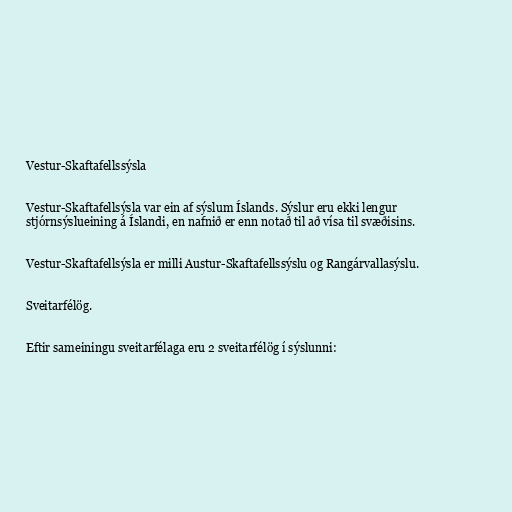
Vestur-Skaftafellssýsla

Vestur-Skaftafellsýsla var ein af sýslum Íslands. Sýslur eru ekki lengur
stjórnsýslueining á Íslandi, en nafnið er enn notað til að vísa til svæðisins.

Vestur-Skaftafellsýsla er milli Austur-Skaftafellssýslu og Rangárvallasýslu.

Sveitarfélög.

Eftir sameiningu sveitarfélaga eru 2 sveitarfélög í sýslunni: